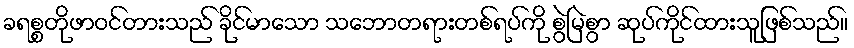
ခရစ္စတိုဖာဝင်တားသည် ခိုင်မာသော သဘောတရားတစ်ရပ်ကို စွဲမြဲစွာ ဆုပ်ကိုင်ထားသူဖြစ်သည်။